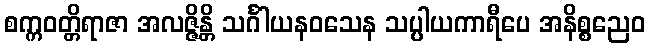
စက္ကဝတ္တိရာဇာ အလဇ္ဇိန္တိ သင်္ဂါယနဝသေန သပ္ပါယကာရီပေ အနိစ္စညေဝ